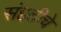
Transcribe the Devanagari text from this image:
संहतीचे